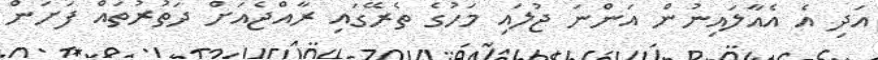
އަދި އެ އެއާލައިނުން އަންނަ ޖުލައި މަހުގެ ތެރޭގައި ރާއްޖެއަށް ދަތުރުތައް ފަށަން